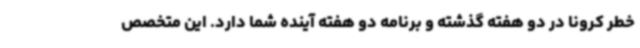
خطر کرونا در دو هفته گذشته و برنامه دو هفته آینده شما دارد. این متخصص